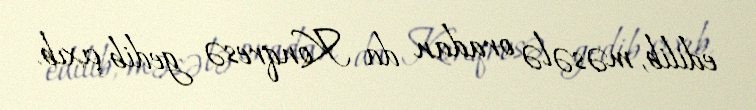
edilib, məsələ oradan da Konqresə gedib çıxıb.